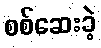
စစ်ဆေးခဲ့